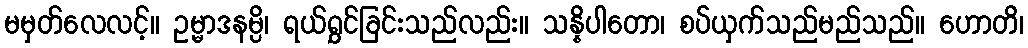
မမှတ်လေလင့်။ ဥမ္မာဒနမ္ပိ၊ ရယ်ရွှင်ခြင်းသည်လည်း။ သန္နိပါတော၊ စပ်ယှက်သည်မည်သည်။ ဟောတိ၊